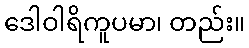
ဒေါဝါရိကူပမာ၊ တည်း။